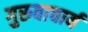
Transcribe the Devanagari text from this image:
गुरुवाचार्य